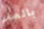
بالماء